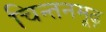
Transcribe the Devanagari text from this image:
चिन्तनमूढ़